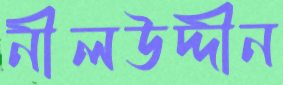
নীলউদ্দীন